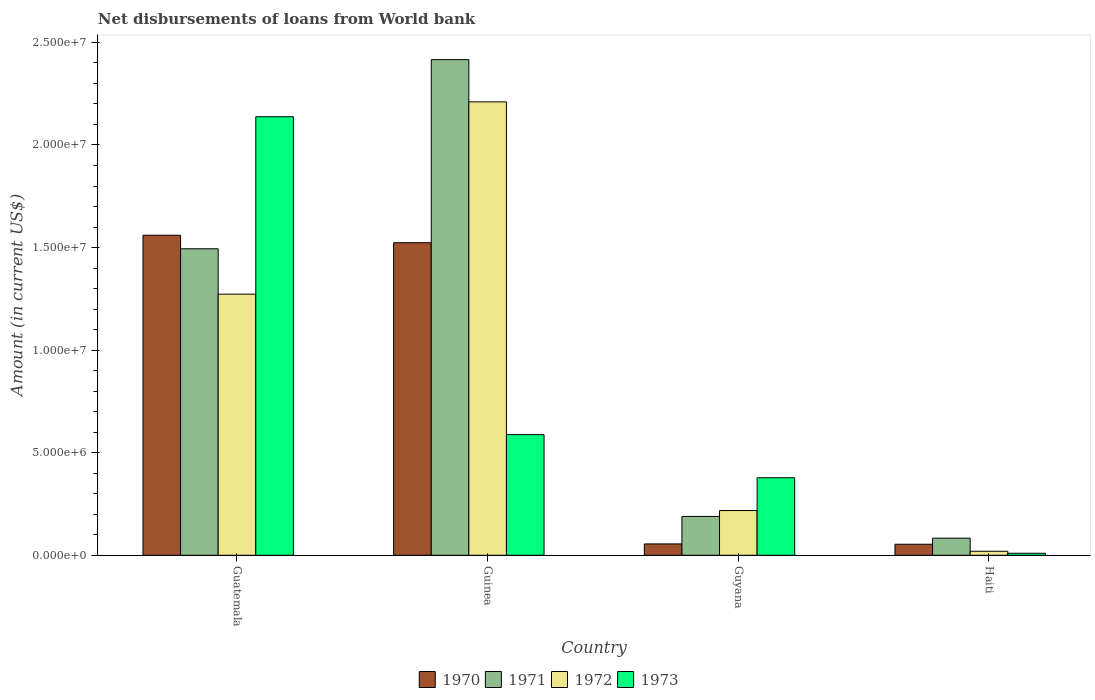
| Country | 1970 | 1971 | 1972 | 1973 |
 | --- | --- | --- | --- | --- |
 | Guatemala | 1.56e+07 | 1.49e+07 | 1.27e+07 | 2.14e+07 |
 | Guinea | 1.52e+07 | 2.42e+07 | 2.21e+07 | 5.88e+06 |
 | Guyana | 5.53e+05 | 1.89e+06 | 2.18e+06 | 3.78e+06 |
 | Haiti | 5.38e+05 | 8.34e+05 | 1.96e+05 | 9.8e+04 |